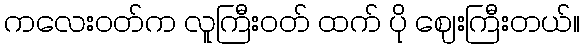
ကလေးဝတ်က လူကြီးဝတ် ထက် ပို ဈေးကြီးတယ်။